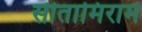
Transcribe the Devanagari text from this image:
सीतामिराम